Indian Medical Review
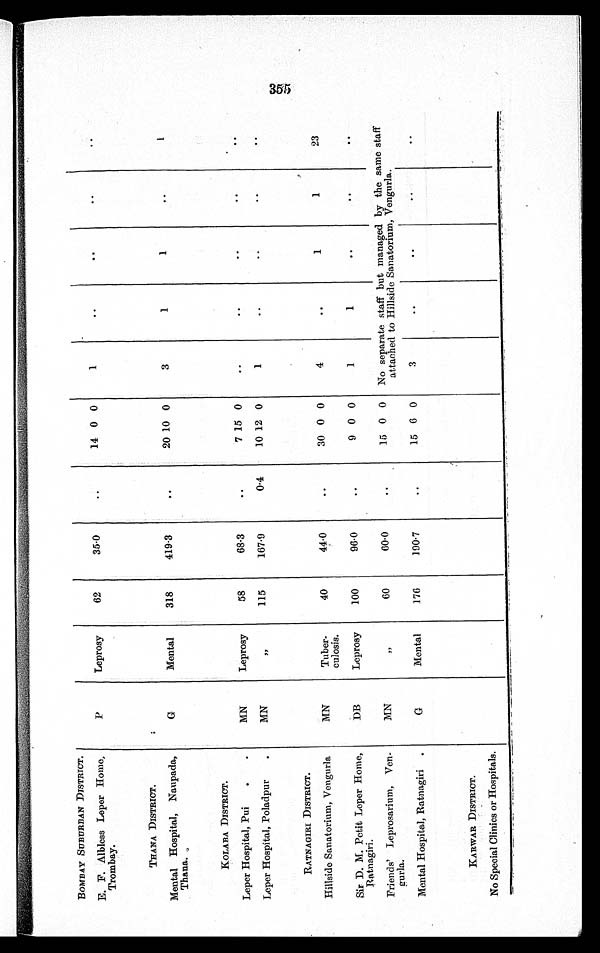
BOMBAY SUBURBAN DISTRICT.
E. F. Albless Leper Home,
Trombay.
P
Leprosy
62
35·0
..
14 0 0
1
..
. .
..
..
THANA DISTRICT.
Mental Hospital, Naupada,
Thana.
G
Mental
318
419·3
. .
20 10 0
3
1
1
..
1
KOLABA DISTRICT.
•
Leper Hospital, Pui
MN
Leprosy
58
68·3
. .
7 15 0
..
..
. .
. .
. .
Leper Hospital, Poladpur
M N
„
115
167·9
0·4
10 12 0
1
. .
..
..
..
RATNAGIRI DISTRICT.
Hillside Sanatorium, Vengurla
MN
Tuber-
culosis.
40
44·0
. .
30 0 0
4
..
1
1
23
Sir D. M. Petit Leper Home,
Ratnagiri.
DB
Leprosy
100
96·0
..
9 0 0
1
1
..
..
. .
Friends' Leprosarium, Ven-
MN
,,
60
60·0
..
15 0 0
No separate staff but managed by the same staff
attached to Hillside Sanatorium, Vengurla.
g u r l a .
Mental Hospital, Ratnagiri
G
Mental
176
190·7
..
15 6 0
3
. .
..
..
..
KARWAR DISTRICT.
No Special Clinics or Hospitals.